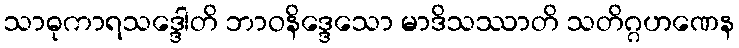
သာဓုကာရသဒ္ဒေါတိ ဘာဝနိဒ္ဒေသော မာဒိသဿာတိ သတိဂ္ဂဟဏေန